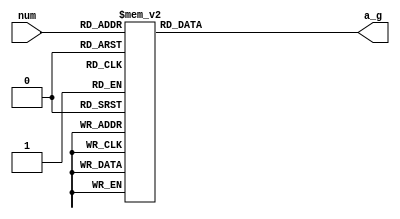
//
`timescale 1ns/10ps
module seg_dec(num, a_g);
input[3:0]      num;
output[6:0]     a_g;  //a_g -> [abcdefg]
reg[6:0]        a_g;
always @(num) begin
    case(num)
        4'd0:begin a_g<=7'b1111110; end
        4'd1:begin a_g<=7'b0110000; end
        4'd2:begin a_g<=7'b1101101; end
        4'd3:begin a_g<=7'b1111001; end
        4'd4:begin a_g<=7'b0110011; end
        4'd5:begin a_g<=7'b1011011; end
        4'd6:begin a_g<=7'b1011111; end
        4'd7:begin a_g<=7'b1110000; end
        4'd8:begin a_g<=7'b1111111; end
        4'd9:begin a_g<=7'b1111011; end
        default:
             begin a_g<=7'b0000001; end
    endcase
end
endmodule

module seg_dec_tb;
reg[3:0]    n;
wire[6:0]   ag;
seg_dec seg_dec(
    .num(n),
    .a_g(ag)
);
initial begin
            n<=4'b0000;
    #120    $stop;
end
always #10 n<=n+1;
initial begin
    $dumpfile("seg_dec_tb.vcd");
    $dumpvars;
end
endmodule